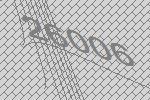
26006